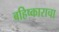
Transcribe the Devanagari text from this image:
बहिष्काराचा